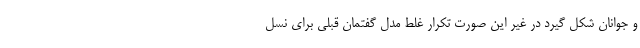
و جوانان شکل گیرد در غیر این صورت تکرار غلط مدل گفتمان قبلی برای نسل